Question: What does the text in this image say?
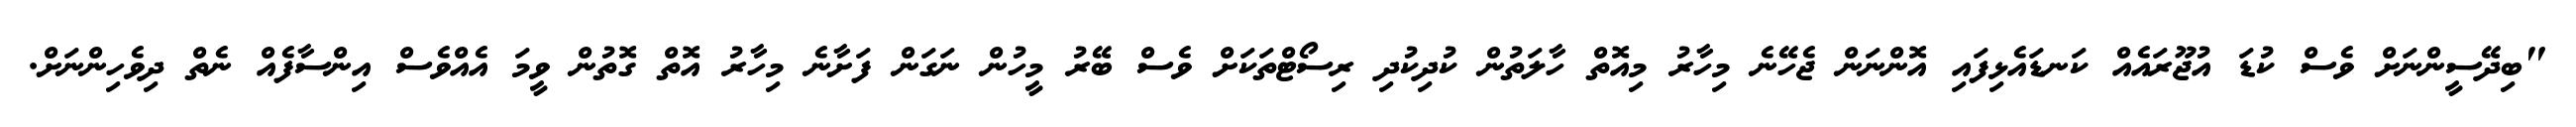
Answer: "ބިދޭސީންނަށް ވެސް ކުޑަ އުޖޫރައެއް ކަނޑައެޅިފައި އޮންނަން ޖެހޭނެ މިހާރު މިއޮތް ހާލަތުން ކުދިކުދި ރިސޯޓްތަކަށް ވެސް ބޭރު މީހުން ނަގަން ފަށާނެ މިހާރު އޮތް ގޮތުން ވީމަ އެއްވެސް އިންސާފެއް ނެތް ދިވެހިންނަށް.